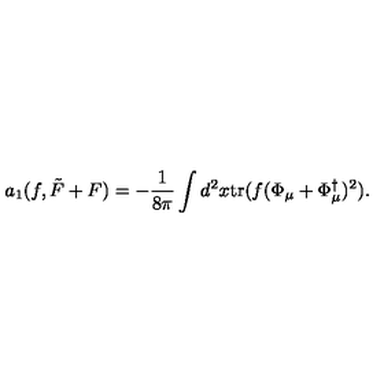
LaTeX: a _ { 1 } ( f , \tilde { F } + F ) = - \frac 1 { 8 \pi } \int d ^ { 2 } x \mathrm { t r } ( f ( \Phi _ { \mu } + \Phi _ { \mu } ^ { \dag } ) ^ { 2 } ) .